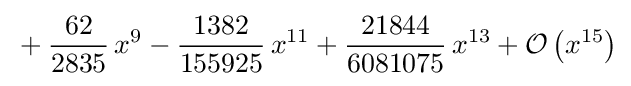
{}+{\frac {62}{2835}}\,x^{9}-{\frac {1382}{155925}}\,x^{11}+{\frac {21844}{6081075}}\,x^{13}+{\mathcal {O}}\left(x^{15}\right)